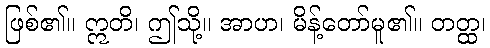
ဖြစ်၏။ ဣတိ၊ ဤသို့။ အာဟ၊ မိန့်တော်မူ၏။ တတ္ထ၊